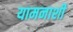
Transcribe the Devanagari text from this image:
यामनाशी